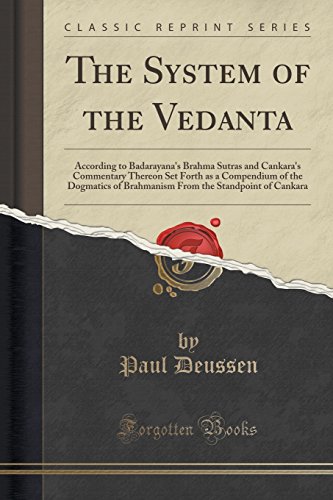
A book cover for The System of the Vedanta: According to Badarayana's Brahma Sutras and Cankara's Commentary Thereon Set Forth as a Compendium of the Dogmatics of ... the Standpoint of Cankara (Classic Reprint); Paul Deussen; Religion & Spirituality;